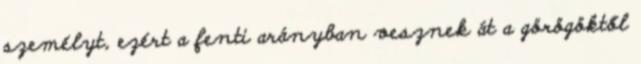
személyt, ezért a fenti arányban vesznek át a görögöktől